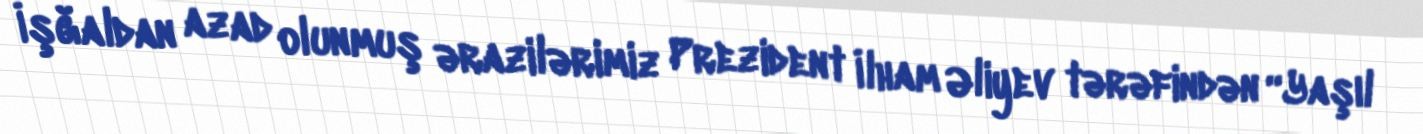
İşğaldan azad olunmuş ərazilərimiz Prezident İlham Əliyev tərəfindən “Yaşıl